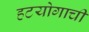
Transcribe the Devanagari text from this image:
हटयोगाची